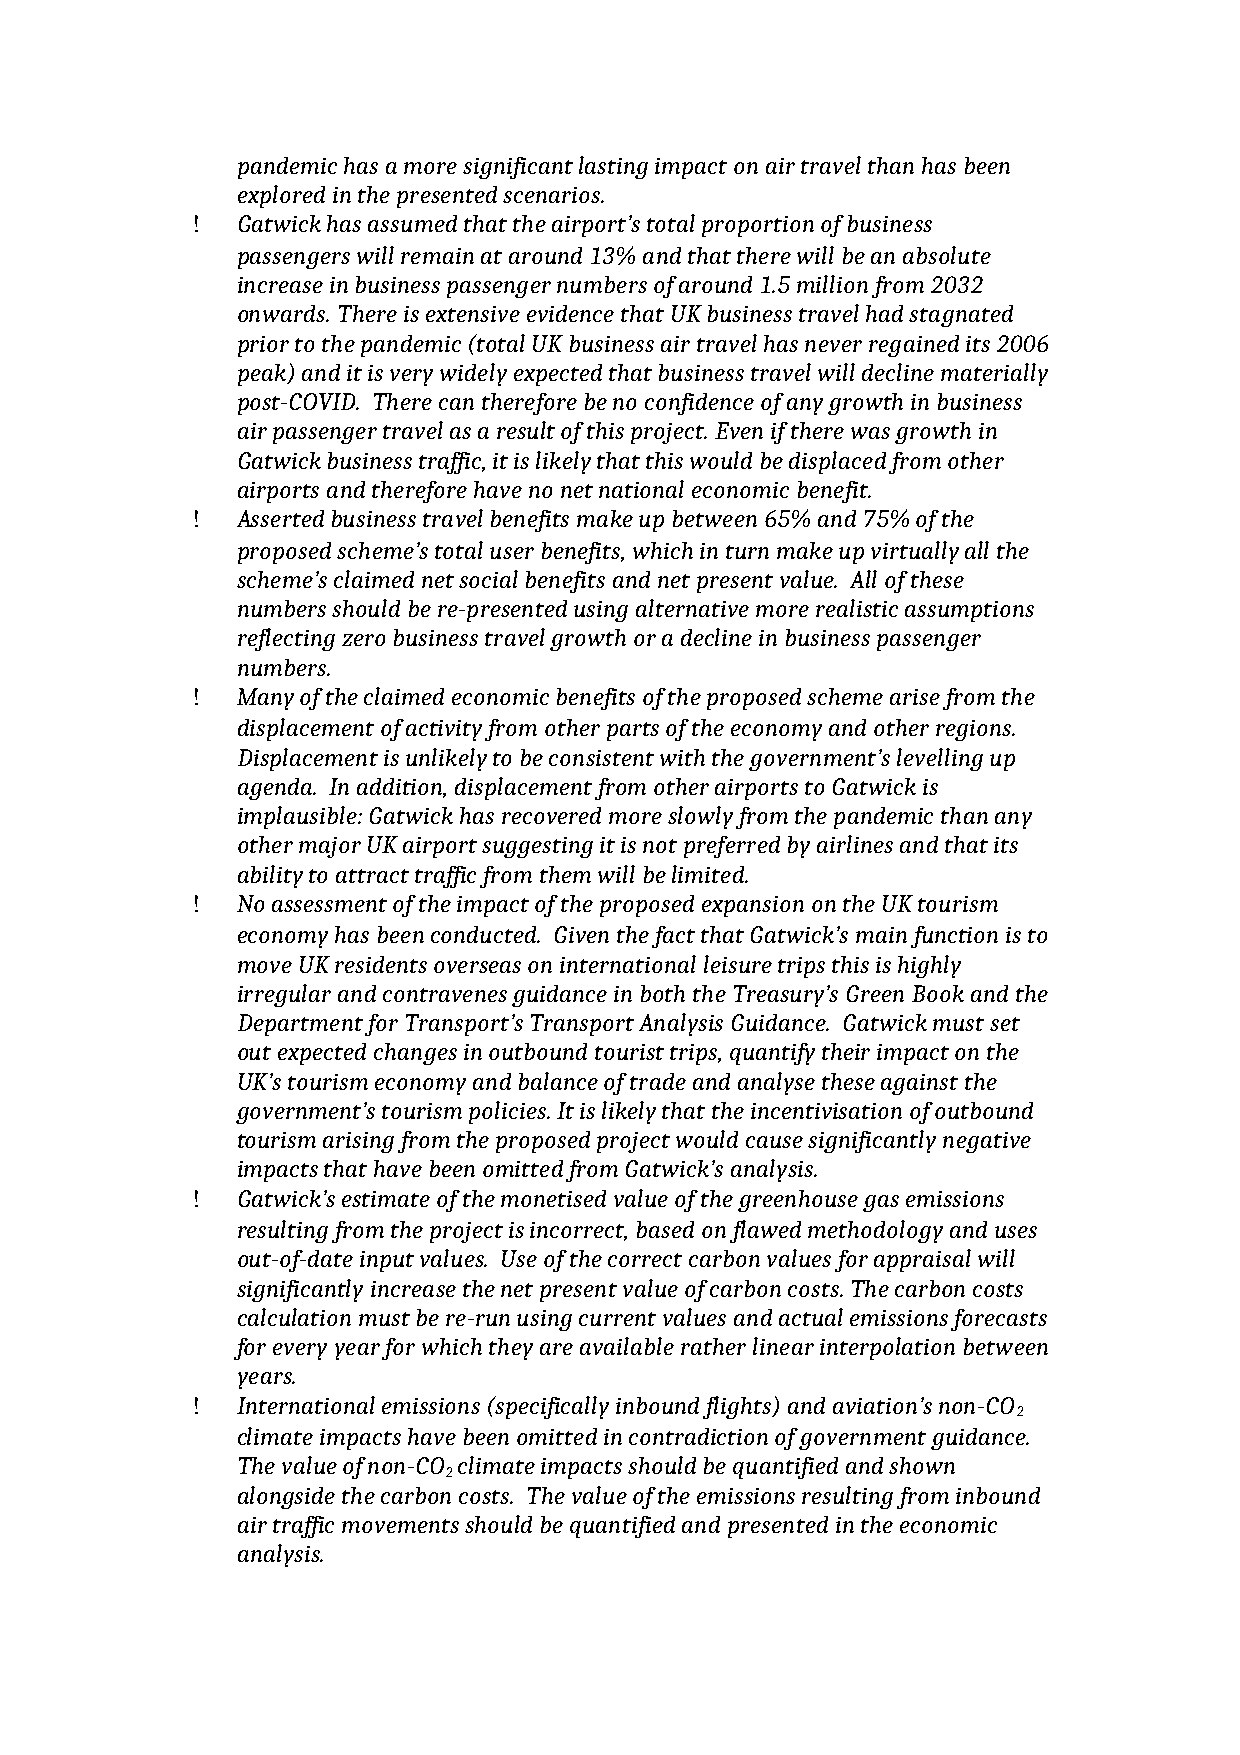
pandemic has a more significant lasting impact on air travel than has been
 explored in the presented scenarios.
   Gatwick has assumed that the airport’s total proportion of business
 passengers will remain at around 13% and that there will be an absolute
 increase in business passenger numbers of around 1.5 million from 2032
 onwards. There is extensive evidence that UK business travel had stagnated
 prior to the pandemic (total UK business air travel has never regained its 2006
 peak) and it is very widely expected that business travel will decline materially
 post-COVID. There can therefore be no confidence of any growth in business
 air passenger travel as a result of this project. Even if there was growth in
 Gatwick business traffic, it is likely that this would be displaced from other
 airports and therefore have no net national economic benefit.
   Asserted business travel benefits make up between 65% and 75% of the
 proposed scheme’s total user benefits, which in turn make up virtually all the
 scheme’s claimed net social benefits and net present value. All of these
 numbers should be re-presented using alternative more realistic assumptions
 reflecting zero business travel growth or a decline in business passenger
 numbers.
   Many of the claimed economic benefits of the proposed scheme arise from the
 displacement of activity from other parts of the economy and other regions.
 Displacement is unlikely to be consistent with the government’s levelling up
 agenda. In addition, displacement from other airports to Gatwick is
 implausible: Gatwick has recovered more slowly from the pandemic than any
 other major UK airport suggesting it is not preferred by airlines and that its
 ability to attract traffic from them will be limited.
   No assessment of the impact of the proposed expansion on the UK tourism
 economy has been conducted. Given the fact that Gatwick’s main function is to
 move UK residents overseas on international leisure trips this is highly
 irregular and contravenes guidance in both the Treasury’s Green Book and the
 Department for Transport’s Transport Analysis Guidance. Gatwick must set
 out expected changes in outbound tourist trips, quantify their impact on the
 UK’s tourism economy and balance of trade and analyse these against the
 government’s tourism policies. It is likely that the incentivisation of outbound
 tourism arising from the proposed project would cause significantly negative
 impacts that have been omitted from Gatwick’s analysis.
   Gatwick’s estimate of the monetised value of the greenhouse gas emissions
 resulting from the project is incorrect, based on flawed methodology and uses
 out-of-date input values. Use of the correct carbon values for appraisal will
 significantly increase the net present value of carbon costs. The carbon costs
 calculation must be re-run using current values and actual emissions forecasts
 for every year for which they are available rather linear interpolation between
 years.
   International emissions (specifically inbound flights) and aviation’s non-CO
 2
 climate impacts have been omitted in contradiction of government guidance.
 The value of non-CO climate impacts should be quantified and shown
 2
 alongside the carbon costs. The value of the emissions resulting from inbound
 air traffic movements should be quantified and presented in the economic
 analysis.